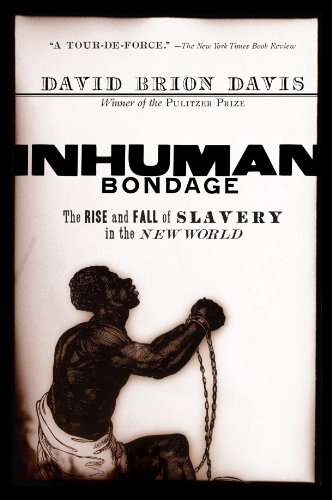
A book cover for Inhuman Bondage: The Rise and Fall of Slavery in the New World; David Brion Davis; History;